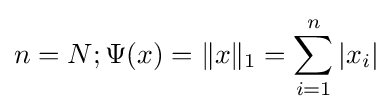
n=N;\Psi (x)=\|x\|_{1}=\sum _{i=1}^{n}|x_{i}|